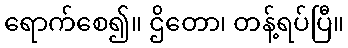
ရောက်စေ၍။ ဌိတော၊ တန့်ရပ်ပြီ။